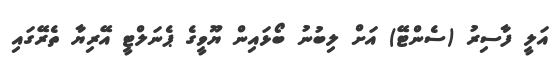
އަލީ ފާސިރު (ސެންޓޭ) އަށް ލިބުނު ބޯޅައިން ޔޫވީގެ ޕެނަލްޓީ އޭރިޔާ ތެރޭގައި